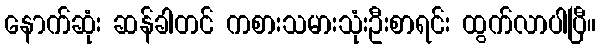
နောက်ဆုံး ဆန်ခါတင် ကစားသမားသုံးဦးစာရင်း ထွက်လာပါပြီ။